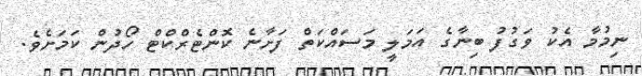
ނިމުމާ އެކު ވަގުފު ބިނާގެ އަމަލީ މަސައްކަތް ފަށާނެ ކޮންޓެރްކްޓް ހޯދުން ކަމަށެވެ.